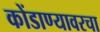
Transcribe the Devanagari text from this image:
कोंडाण्यावरचा